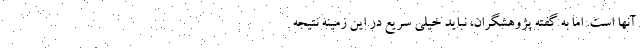
آنها است. اما به گفته پژوهشگران، نباید خیلی سریع در این زمینه نتیجه